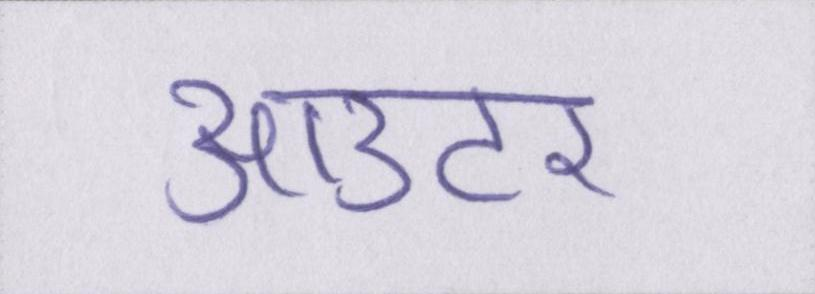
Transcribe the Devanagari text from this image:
आउटर